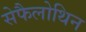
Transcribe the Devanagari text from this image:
सेफैलोथिन